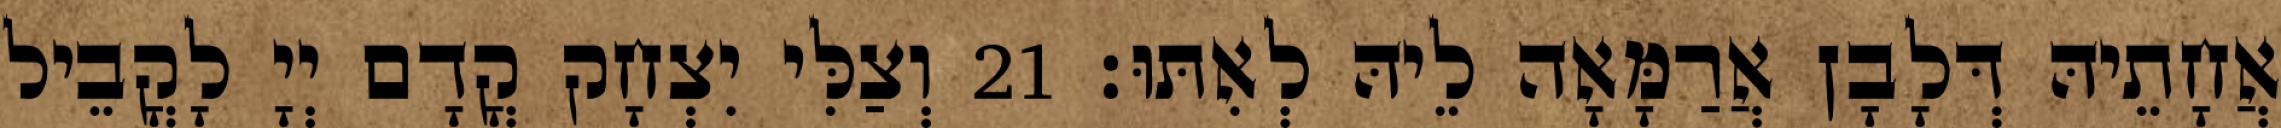
אֲחָתֵיהּ דְּלָבָן אֲרַמָּאָה לֵיהּ לְאִתּוּ׃ 21 וְצַלִּי יִצְחָק קֳדָם יְיָ לָקֳבֵיל